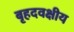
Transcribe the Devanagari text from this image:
बृहदवक्षीय